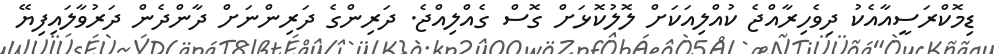
ޑިމޮކްރަސީއާއެކު ދިވެހިރާއްޖެ ކުއްލިއަކަށް ލޮލުކޮޅަށް ގޮސް ގެއްލިއްޖެ. ދަރިންގެ ދަރިންނަށް ދާންދެން ދަރުވާލައިފިޔޭ